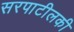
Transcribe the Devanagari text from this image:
सरपाटीलकी